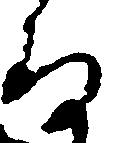
存